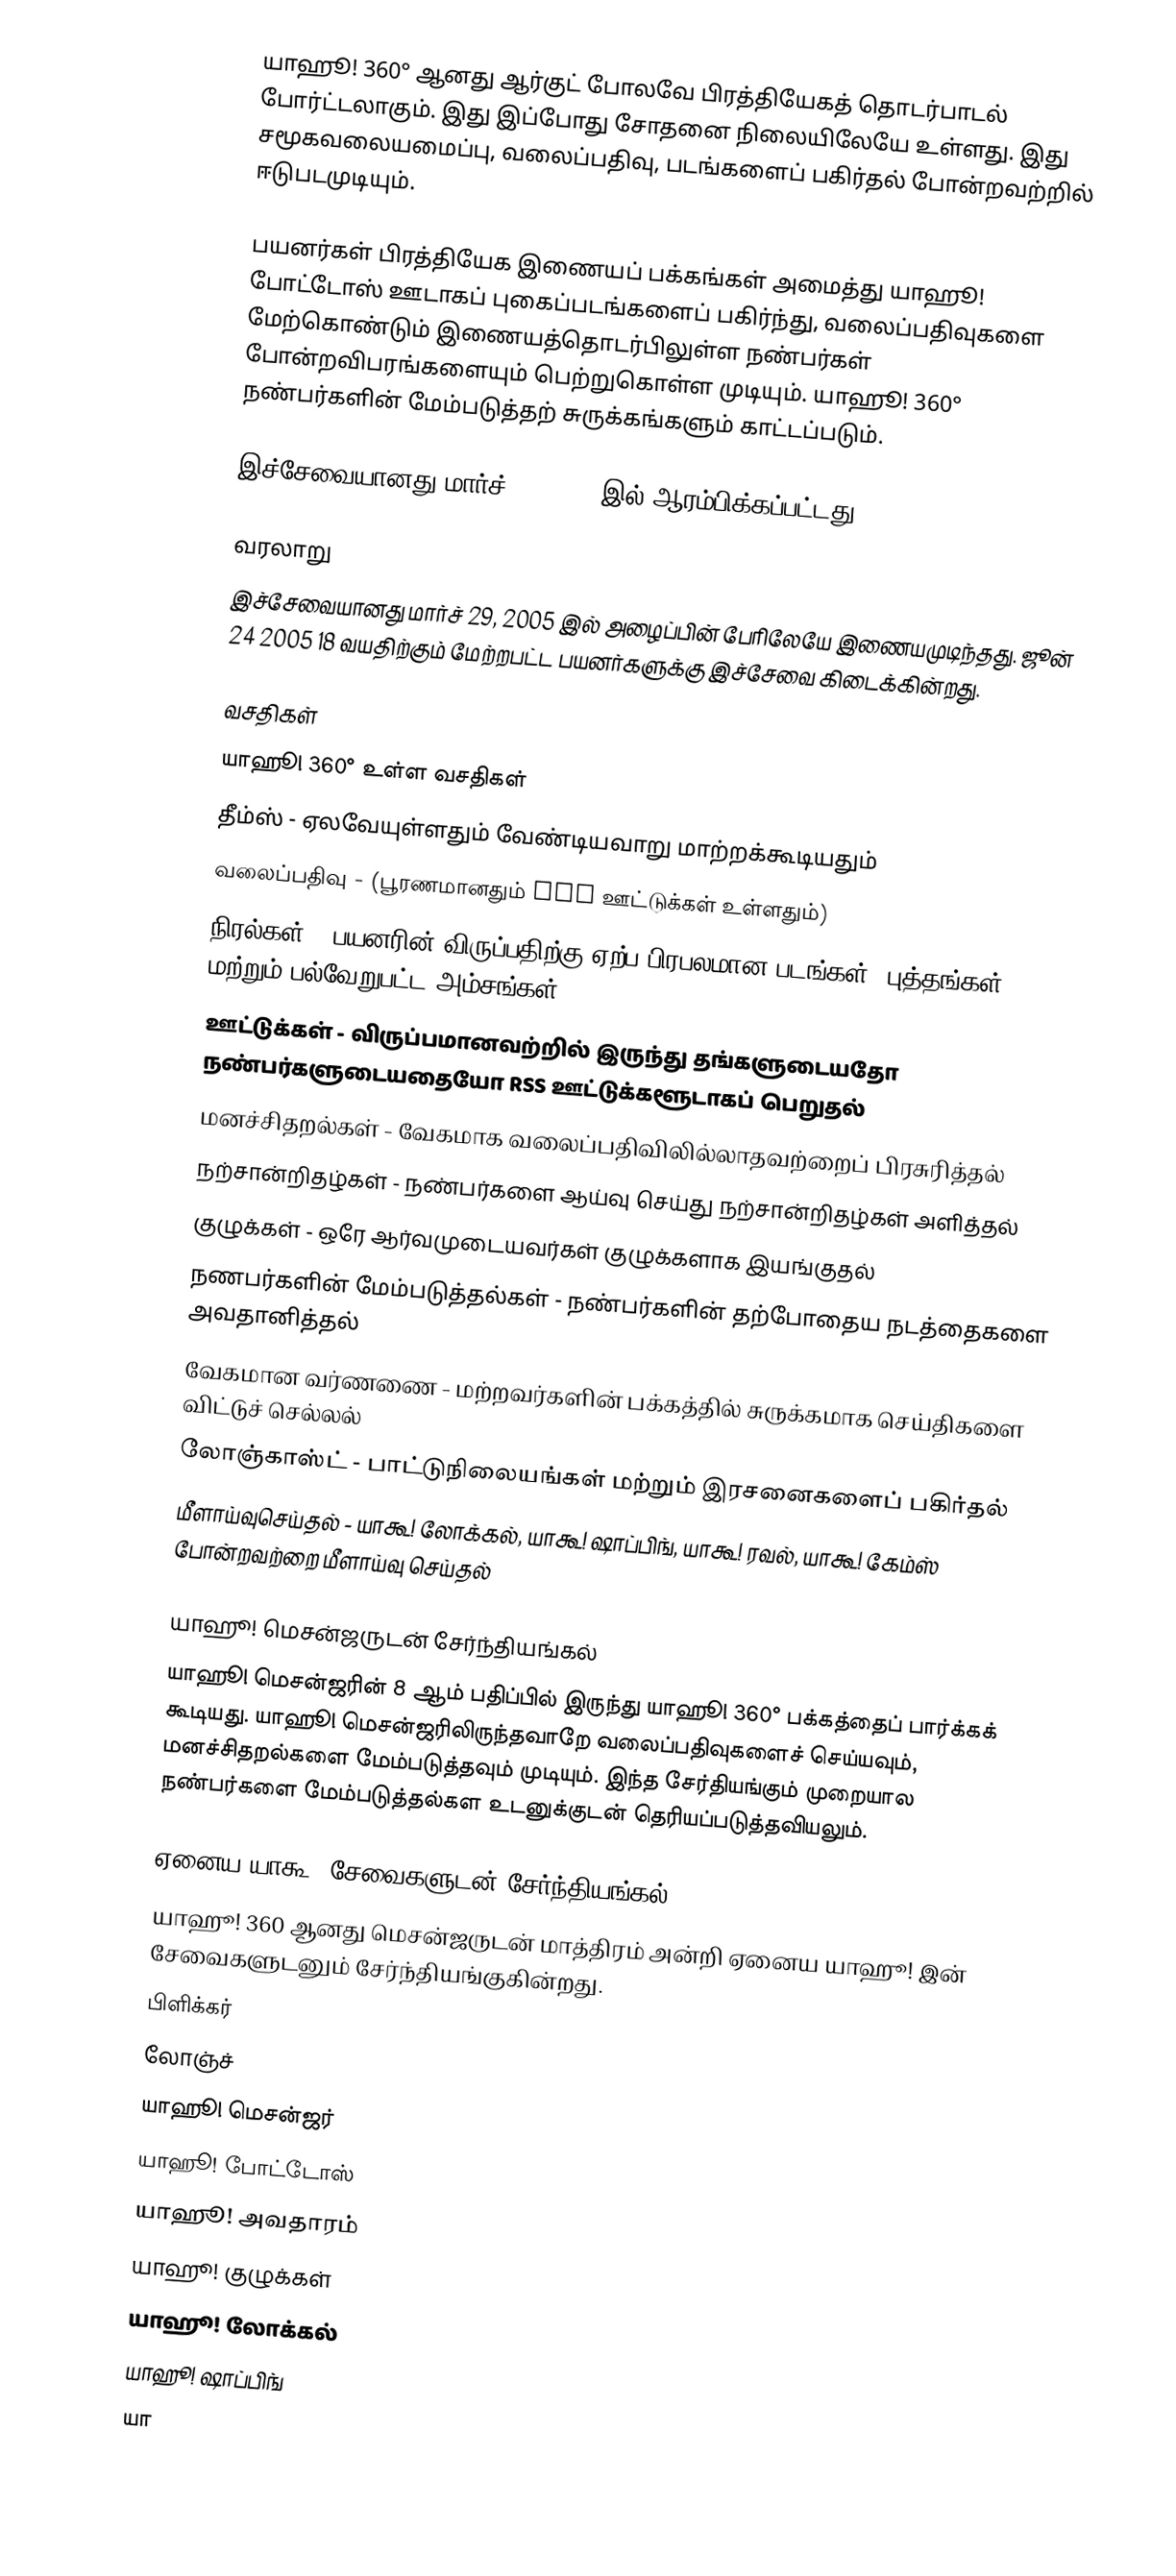
யாஹூ! 360°  ஆனது ஆர்குட் போலவே பிரத்தியேகத் தொடர்பாடல் போர்ட்டலாகும். இது இப்போது சோதனை நிலையிலேயே உள்ளது. இது சமூகவலையமைப்பு, வலைப்பதிவு, படங்களைப் பகிர்தல் போன்றவற்றில் ஈடுபடமுடியும்.

பயனர்கள் பிரத்தியேக இணையப் பக்கங்கள் அமைத்து யாஹூ! போட்டோஸ் ஊடாகப் புகைப்படங்களைப் பகிர்ந்து, வலைப்பதிவுகளை மேற்கொண்டும் இணையத்தொடர்பிலுள்ள நண்பர்கள் போன்றவிபரங்களையும் பெற்றுகொள்ள முடியும். யாஹூ! 360° நண்பர்களின் மேம்படுத்தற் சுருக்கங்களும் காட்டப்படும்.

இச்சேவையானது மார்ச் 29, 2005 இல் ஆரம்பிக்கப்பட்டது.

வரலாறு
இச்சேவையானது மார்ச் 29, 2005 இல் அழைப்பின் பேரிலேயே இணையமுடிந்தது. ஜூன் 24 2005 18 வயதிற்கும் மேற்றபட்ட பயனர்களுக்கு இச்சேவை கிடைக்கின்றது.

வசதிகள்
யாஹூ! 360° உள்ள வசதிகள்
தீம்ஸ் - ஏலவேயுள்ளதும் வேண்டியவாறு மாற்றக்கூடியதும்
வலைப்பதிவு - (பூரணமானதும் RSS ஊட்டுக்கள் உள்ளதும்)
நிரல்கள் - பயனரின் விருப்பதிற்கு ஏற்ப பிரபலமான படங்கள், புத்தங்கள் மற்றும் பல்வேறுபட்ட அம்சங்கள்.
ஊட்டுக்கள் - விருப்பமானவற்றில் இருந்து தங்களுடையதோ நண்பர்களுடையதையோ RSS ஊட்டுக்களூடாகப் பெறுதல்
மனச்சிதறல்கள் - வேகமாக வலைப்பதிவிலில்லாதவற்றைப் பிரசுரித்தல்
நற்சான்றிதழ்கள் - நண்பர்களை ஆய்வு செய்து நற்சான்றிதழ்கள் அளித்தல்
குழுக்கள் - ஒரே ஆர்வமுடையவர்கள் குழுக்களாக இயங்குதல்
நணபர்களின் மேம்படுத்தல்கள் - நண்பர்களின் தற்போதைய நடத்தைகளை அவதானித்தல்
வேகமான வர்ணணை - மற்றவர்களின் பக்கத்தில் சுருக்கமாக செய்திகளை விட்டுச் செல்லல்
லோஞ்காஸ்ட் - பாட்டுநிலையங்கள் மற்றும் இரசனைகளைப் பகிர்தல்
மீளாய்வுசெய்தல் - யாகூ! லோக்கல், யாகூ! ஷாப்பிங், யாகூ! ரவல், யாகூ! கேம்ஸ் போன்றவற்றை மீளாய்வு செய்தல்

யாஹூ! மெசன்ஜருடன் சேர்ந்தியங்கல்
யாஹூ! மெசன்ஜரின் 8 ஆம் பதிப்பில் இருந்து யாஹூ! 360° பக்கத்தைப் பார்க்கக் கூடியது. யாஹூ! மெசன்ஜரிலிருந்தவாறே வலைப்பதிவுகளைச் செய்யவும், மனச்சிதறல்களை மேம்படுத்தவும் முடியும். இந்த சேர்தியங்கும் முறையால நண்பர்களை மேம்படுத்தல்கள உடனுக்குடன் தெரியப்படுத்தவியலும்.

ஏனைய யாகூ! சேவைகளுடன் சேர்ந்தியங்கல்
யாஹூ! 360 ஆனது மெசன்ஜருடன் மாத்திரம் அன்றி ஏனைய யாஹூ! இன் சேவைகளுடனும் சேர்ந்தியங்குகின்றது.
பிளிக்கர்
லோஞ்ச்
யாஹூ! மெசன்ஜர்
யாஹூ! போட்டோஸ்
யாஹூ! அவதாரம்
யாஹூ! குழுக்கள்
யாஹூ! லோக்கல்
யாஹூ! ஷாப்பிங்
யா